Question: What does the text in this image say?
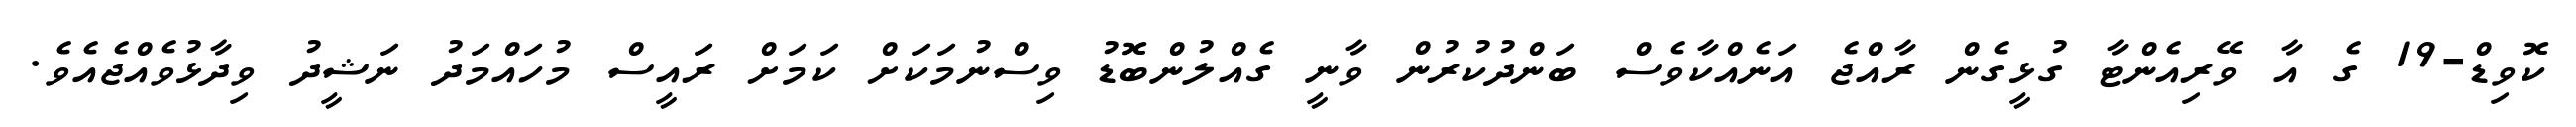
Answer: ކޮވިޑް-19 ގެ އާ ވޭރިއެންޓާ ގުޅީގެން ރާއްޖެ އަނެއްކާވެސް ބަންދުކުރުން ވާނީ ގެއްލުންބޮޑު ވިސްނުމަކަށް ކަމަށް ރައީސް މުހައްމަދު ނަޝީދު ވިދާޅުވެއްޖެއެވެ.